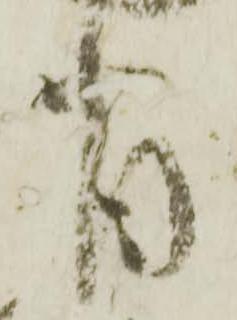
背